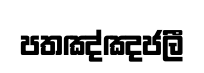
පතඤ්ඤජලී